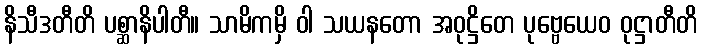
နိသီဒတီတိ ပစ္ဆာနိပါတီ။ သာမိကမှိ ဝါ သယနတော အဝုဋ္ဌိတေ ပုဗ္ဗေယေဝ ဝုဋ္ဌာတီတိ